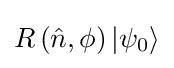
R\left({\hat {n}},\phi \right)\left|\psi _{0}\right\rangle